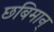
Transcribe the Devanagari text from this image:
छबिमान्